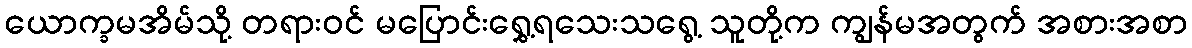
ယောက္ခမအိမ်သို့ တရားဝင် မပြောင်းရွှေ့ရသေးသရွေ့ သူတို့က ကျွန်မအတွက် အစားအစာ